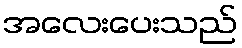
အလေးပေးသည်